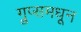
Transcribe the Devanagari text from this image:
ग्रुप्समधून